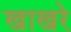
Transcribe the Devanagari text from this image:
खाखरे